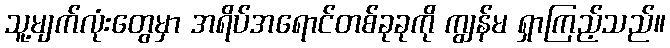
သူ့မျက်လုံးတွေမှာ အရိပ်အရောင်တစ်ခုခုကို ကျွန်မ ရှာကြည့်သည်။